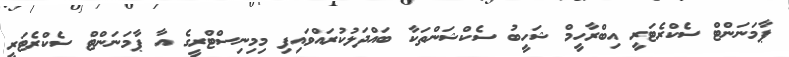
ޕާމަނަންޓް ސެކްރެޓަރީ އިބްރާހީމް ޝަހީބު ސެކްޝަންތަކާ ބައްދަލުކުރައްވައިފި މިމިނިސްޓްރީގެ އާ ޕާމަނަންޓް ސެކްރެޓަރީ